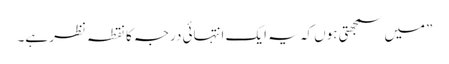
”میں سمجھتی ہوں کہ یہ ایک انتہائی درجہ کا نقطہ نظر ہے۔